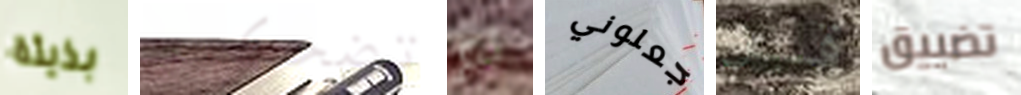
بذيئة تضحكين لم جعلوني قبل تضييق